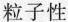
粒子性